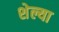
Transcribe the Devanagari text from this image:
शेल्या